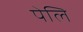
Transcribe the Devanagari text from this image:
पेलि